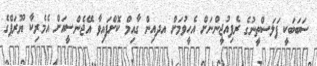
ސަބަބަކީ ފަލަސްތީނުގެ ރެފިއުޖީންނަށް އެހީވުމަށް އދއިން ގާއިމް ކޮށްފައިވާ އޭޖެންސީއަށް އެމެރިކާ ޔޫރަޕްގެ